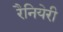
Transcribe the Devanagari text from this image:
रैनियेरी